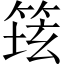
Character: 𱸆